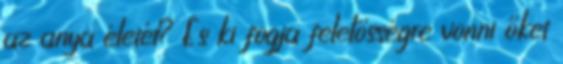
az anya életét? És ki fogja felelősségre vonni őket